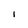
Character: I